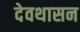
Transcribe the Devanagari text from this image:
देवथासन